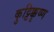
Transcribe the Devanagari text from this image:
कुट्टिक्कृष्ण